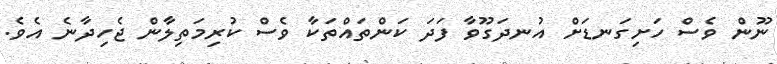
ނޫން ވެސް ހަށިގަނޑަށް އުނދަގޫވާ ފަދަ ކަންތައްތަކާ ވެސް ކުރިމަތިލާން ޖެހިދާނެ އެވެ.